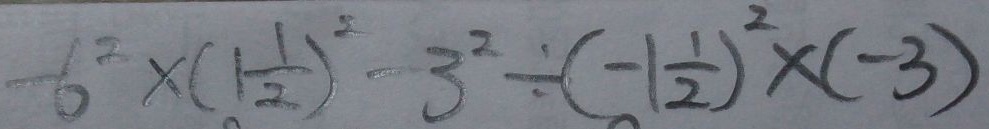
- 6 ^ { 2 } \times ( 1 \frac { 1 } { 2 } ) ^ { 2 } - 3 ^ { 2 } \div ( - 1 \frac { 1 } { 2 } ) ^ { 2 } \times ( - 3 )